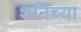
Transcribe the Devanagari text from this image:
शनिच्या